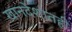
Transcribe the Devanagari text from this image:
खानदेशातही